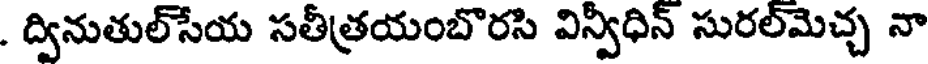
. ద్వినుతుల్సేయ సతీత్రయంబొరసి విన్విధిన్ సురల్మెచ్చ నా